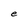
Character: e